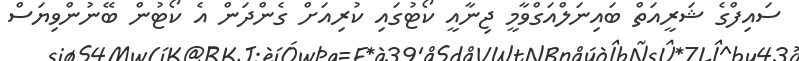
ސައިފްގެ ޝަރީއަތް ބައިނަލްއަގްވާމީ ޖިނާއީ ކޯޓުގައި ކުރިއަށް ގެންދަން އެ ކޯޓުން ބޭނުންވިޔަސް